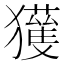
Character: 𱮭